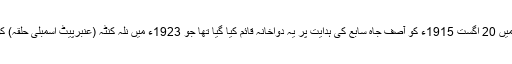
اس وقت ایرنا گٹہ میں 20 اگست 1915ء کو آصف جاہ سابع کی ہدایت پر یہ دواخانہ قائم کیا گیا تھا جو 1923ء میں نلہ کنٹہ (عنبرپیٹ اسمبلی حلقہ) کو منتقل کیا گیا تھا۔